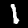
Digit: 1